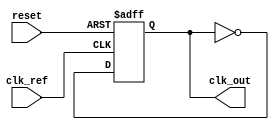
module continuous_time_pll (
    input wire clk_ref,        // Reference clock input
    input wire reset,          // Asynchronous reset
    output wire clk_out        // Output clock
);

    // Parameters
    parameter integer VCO_MAX_FREQ = 100; // Maximum frequency of VCO
    parameter integer VCO_MIN_FREQ = 10;   // Minimum frequency of VCO
    parameter integer LOOP_FILTER_GAIN = 1; // Gain for loop filter

    // Internal signals
    reg [7:0] phase_error;       // Phase error signal
    reg [7:0] control_voltage;    // Control voltage for VCO
    reg [7:0] vco_frequency;      // Current frequency of VCO
    reg clk_vco;                  // VCO output clock
    reg [7:0] feedback_divider;   // Feedback divider

    // Phase Detector (PD)
    always @(posedge clk_ref or posedge reset) begin
        if (reset) begin
            phase_error <= 0;
        end else begin
            // Simple XOR phase detector (for demonstration)
            phase_error <= (clk_ref ^ clk_vco) ? 1 : 0;
        end
    end

    // Loop Filter (LF)
    always @(posedge clk_ref or posedge reset) begin
        if (reset) begin
            control_voltage <= 0;
        end else begin
            // Simple proportional control for loop filter
            control_voltage <= control_voltage + (phase_error * LOOP_FILTER_GAIN);
            // Clamp control voltage to VCO range
            if (control_voltage > VCO_MAX_FREQ) begin
                control_voltage <= VCO_MAX_FREQ;
            end else if (control_voltage < VCO_MIN_FREQ) begin
                control_voltage <= VCO_MIN_FREQ;
            end
        end
    end

    // Voltage-Controlled Oscillator (VCO)
    always @(posedge clk_ref or posedge reset) begin
        if (reset) begin
            vco_frequency <= VCO_MIN_FREQ;
            clk_vco <= 0;
        end else begin
            // Update VCO frequency based on control voltage
            vco_frequency <= control_voltage;
            // Generate VCO output clock (simple frequency divider for demonstration)
            clk_vco <= ~clk_vco; // Toggle clock for demonstration
        end
    end

    // Feedback Mechanism
    always @(posedge clk_vco or posedge reset) begin
        if (reset) begin
            feedback_divider <= 0;
        end else begin
            // Simple feedback divider (for demonstration)
            feedback_divider <= feedback_divider + 1;
            if (feedback_divider >= vco_frequency) begin
                feedback_divider <= 0;
                // Feedback logic can be implemented here
            end
        end
    end

    // Output clock
    assign clk_out = clk_vco;

endmodule